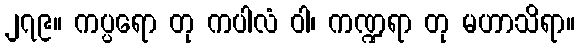
၂၇၉။ ကပ္ပရော တု ကပါလံ ဝါ၊ ကဏ္ဍရာ တု မဟာသိရာ။